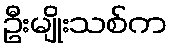
ဦးမျိုးသစ်က